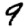
Digit: 9